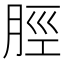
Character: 脛